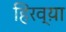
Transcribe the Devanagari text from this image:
हिरव्य़ा